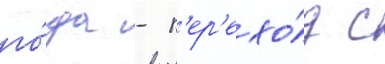
го́да - п'ер'ехо́д с